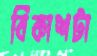
বিকাশটা